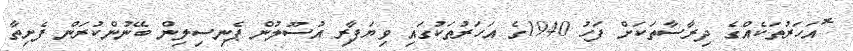
ޮއަހަރުތަކެއްގެ ދިރާސާތަކަށް ފަހު 1940ގެ އަހަރުތަކުގައި ވިޔަފާރި އުސޫލުން ޕެނިސިލިން ބޭނުންކުރަން ފެށިތާ